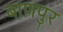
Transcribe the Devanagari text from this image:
बाणपुर